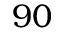
9 0